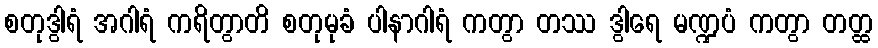
စတုဒွါရံ အဂါရံ ကရိတွာတိ စတုမုခံ ပါနာဂါရံ ကတွာ တဿ ဒွါရေ မဏ္ဍပံ ကတွာ တတ္ထ